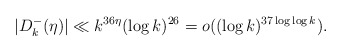
\begin{align*}|D_k^-(\eta)|\ll k^{36\eta}(\log k)^{26}=o((\log k)^{37\log\log k}).\end{align*}